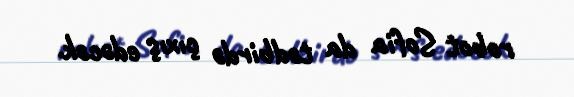
robot Sofia da tədbirdə çıxış edəcək.